画像に写った文字を読んでください
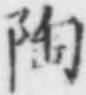
「陶」と書いてあります